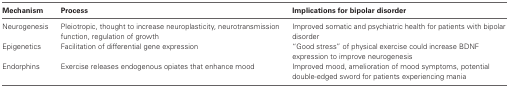
<table><thead><tr><td><b>Mechanism</b></td><td><b>Process</b></td><td><b>Implications for bipolar disorder</b></td></tr></thead><tbody><tr><td>Neurogenesis</td><td>Pleiotropic, thought to increase neuroplasticity, neurotransmission function, regulation of growth</td><td>Improved somatic and psychiatric health for patients with bipolar disorder</td></tr><tr><td>Epigenetics</td><td>Facilitation of differential gene expression</td><td>“Good stress” of physical exercise could increase BDNF expression to improve neurogenesis</td></tr><tr><td>Endorphins</td><td>Exercise releases endogenous opiates that enhance mood</td><td>Improved mood, amelioration of mood symptoms, potential double-edged sword for patients experiencing mania</td></tr></tbody></table>